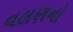
વલણનો